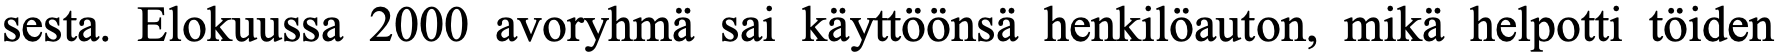
sesta. Elokuussa 2000 avoryhmä sai käyttöönsä henkilöauton, mikä helpotti töiden